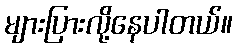
များပြားလို့နေပါတယ်။